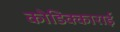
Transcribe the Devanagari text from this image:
कोडिक्काराई